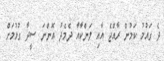
ދެ ގައުމު ކަމުން ރާއްޖެ އާއި ލަންކާއާ ދެމެދު އޮންނަ ސީދާ ގުޅުމަށް